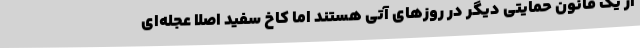
از یک قانون حمایتی دیگر در روزهای آتی هستند اما کاخ سفید اصلا عجله‌ای